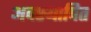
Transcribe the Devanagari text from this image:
अवस्थापित